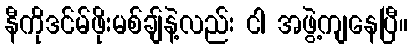
နီကိုဒင်မ်ဖိုးမစ်ချ်နဲ့လည်း ငါ အဖွဲ့ကျနေပြီ။